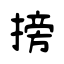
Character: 搒